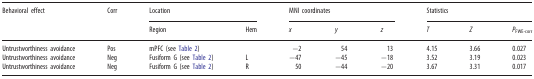
<table><thead><tr><td rowspan="2"><b>Behavioral effect</b></td><td rowspan="2"><b>Corr</b></td><td colspan="2"><b>Location</b></td><td colspan="3"><b>MNI coordinates</b></td><td colspan="3"><b>Statistics</b></td></tr><tr><td><b>Region</b></td><td><b>Hem</b></td><td><b><i>x</i></b></td><td><b><i>y</i></b></td><td><b><i>z</i></b></td><td><b><i>T</i></b></td><td><b><i>Z</i></b></td><td><b><i>P</i><sub>FWE-corr</sub></b></td></tr></thead><tbody><tr><td>Untrustworthiness avoidance</td><td>Pos</td><td>mPFC (see Table 2)</td><td></td><td>−2</td><td>54</td><td>13</td><td>4.15</td><td>3.66</td><td>0.027</td></tr><tr><td>Untrustworthiness avoidance</td><td>Neg</td><td>Fusiform G (see Table 2)</td><td>L</td><td>−47</td><td>−45</td><td>−18</td><td>3.52</td><td>3.19</td><td>0.023</td></tr><tr><td>Untrustworthiness avoidance</td><td>Neg</td><td>Fusiform G (see Table 2)</td><td>R</td><td>50</td><td>−44</td><td>−20</td><td>3.67</td><td>3.31</td><td>0.017</td></tr></tbody></table>